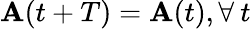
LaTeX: \mathbf{A}(t+T)=\mathbf{A}(t),\forall\: t